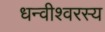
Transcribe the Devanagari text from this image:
धन्वीश्वरस्य